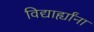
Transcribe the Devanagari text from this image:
विद्यार्ह्यांना